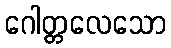
ဂေါတ္တလေသော